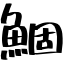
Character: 鯝